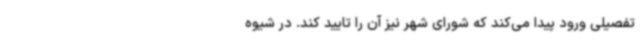
تفصیلی ورود پیدا می‌کند که شورای شهر نیز آن را تایید کند. در شیوه